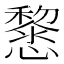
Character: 𢤂